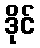
ဒိုင်